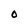
Character: O